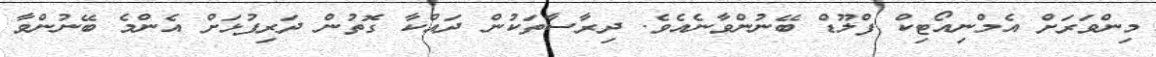
މިންވަރަށް އެމްނިއޯޓިކް ފްލޫޑް ބޭނުންވާނެއެވެ. ދިރާސާތަކުން ދައްކާ ގޮތުން ދަރިފުޅަށް އެންމެ ބޭނުންވާ